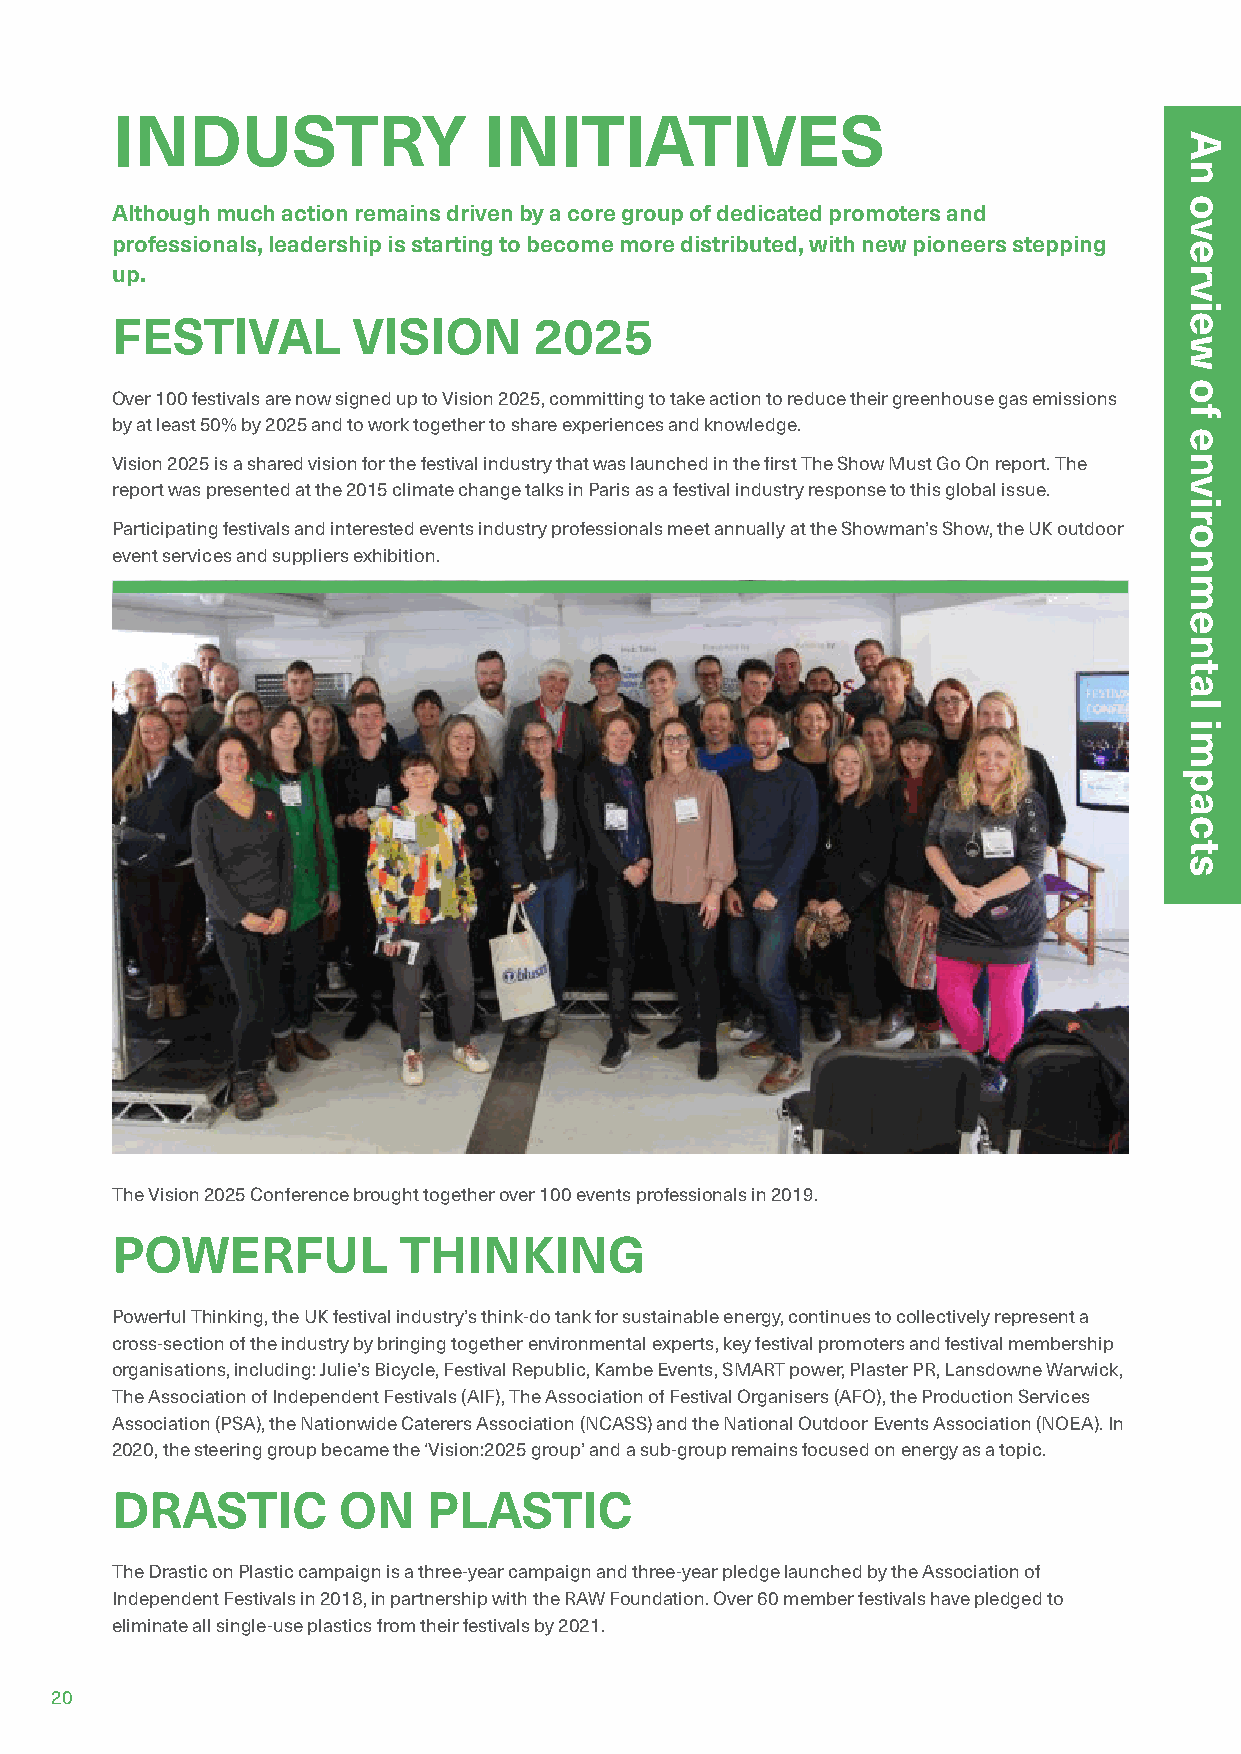
INDUSTRY                 INITIATIVES
 Although much action remains driven by a core group of dedicated promoters and
 professionals, leadership is starting to become more distributed, with new pioneers stepping
 up.
 FESTIVAL        VISION      2025
 Over 100 festivals are now signed up to Vision 2025, committing to take action to reduce their greenhouse gas emissions
 by at least 50% by 2025 and to work together to share experiences and knowledge.
 Vision 2025 is a shared vision for the festival industry that was launched in the first The Show Must Go On report. The
 report was presented at the 2015 climate change talks in Paris as a festival industry response to this global issue.
 Participating festivals and interested events industry professionals meet annually at the Showman’s Show, the UK outdoor
 event services and suppliers exhibition.
 The Vision 2025 Conference brought together over 100 events professionals in 2019.
 POWERFUL           THINKING
 Powerful Thinking, the UK festival industry’s think-do tank for sustainable energy, continues to collectively represent a
 cross-section of the industry by bringing together environmental experts, key festival promoters and festival membership
 organisations, including: Julie’s Bicycle, Festival Republic, Kambe Events, SMART power, Plaster PR, Lansdowne Warwick,
 The Association of Independent Festivals (AIF), The Association of Festival Organisers (AFO), the Production Services
 Association (PSA), the Nationwide Caterers Association (NCASS) and the National Outdoor Events Association (NOEA). In
 2020, the steering group became the ‘Vision:2025 group’ and a sub-group remains focused on energy as a topic.
 DRASTIC        ON    PLASTIC
 The Drastic on Plastic campaign is a three-year campaign and three-year pledge launched by the Association of
 Independent Festivals in 2018, in partnership with the RAW Foundation. Over 60 member festivals have pledged to
 eliminate all single-use plastics from their festivals by 2021.
 20
 An
 overview
 of
 environmental
 impacts